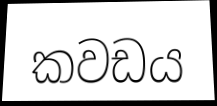
කවඩය